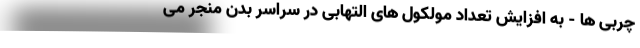
چربی ها - به افزایش تعداد مولکول های التهابی در سراسر بدن منجر می